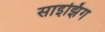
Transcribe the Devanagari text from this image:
साइझिंग